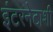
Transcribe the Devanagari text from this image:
इंटरनेटाशी